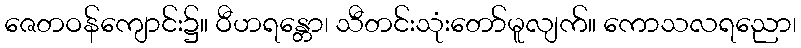
ဇေတဝန်ကျောင်း၌။ ဝီဟရန္တော၊ သီတင်းသုံးတော်မူလျက်။ ကောသလရညော၊